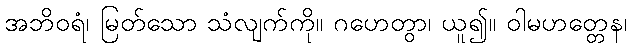
အဘိဝရံ၊ မြတ်သော သံလျက်ကို။ ဂဟေတွာ၊ ယူ၍။ ဝါမဟတ္တေန၊